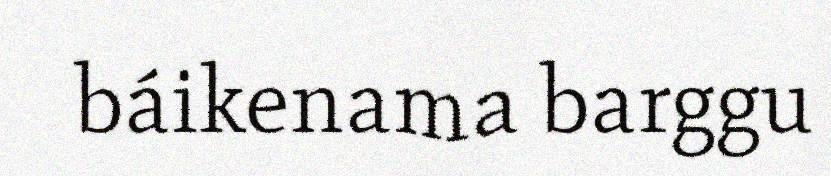
báikenama barggu